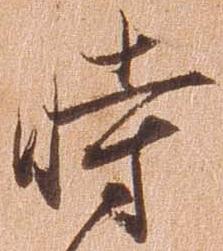
時